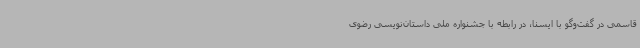
قاسمی در گفت‌وگو با ایسنا، در رابطه با جشنواره ملی داستان‌نویسی رضوی